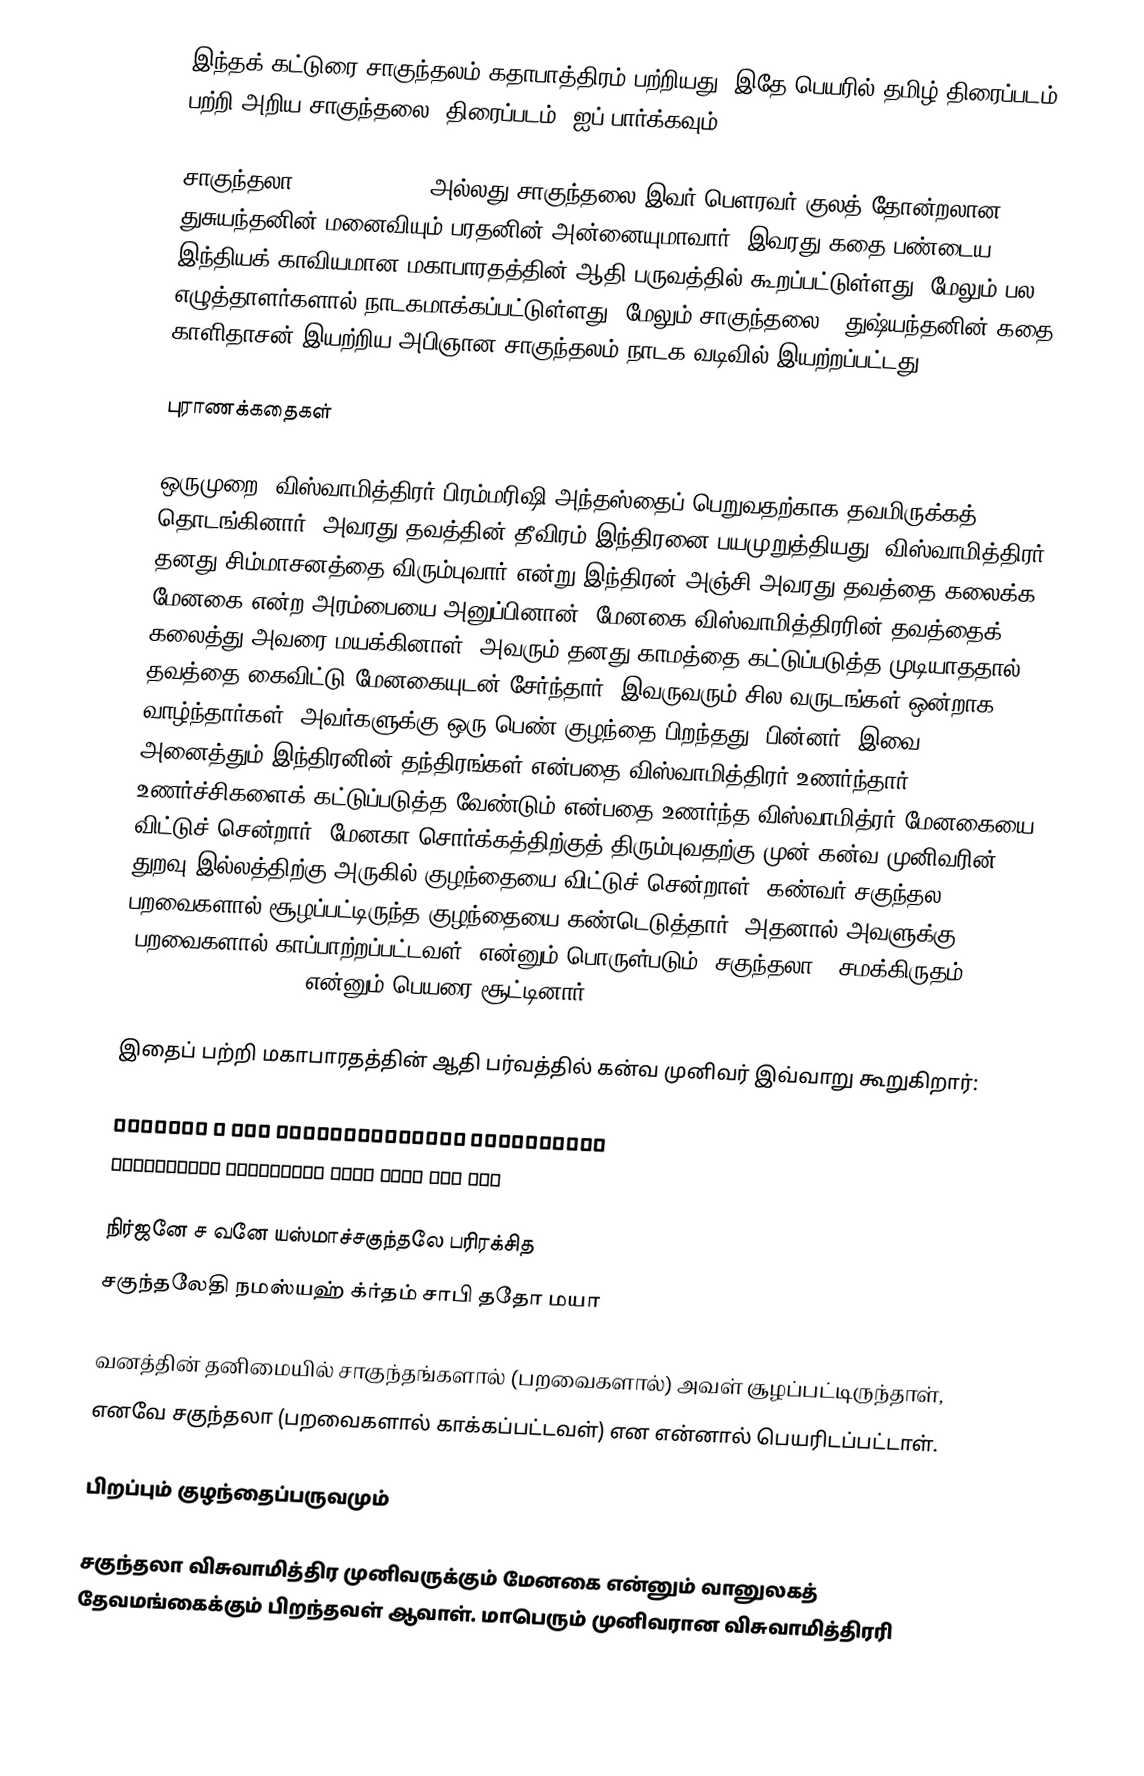
இந்தக் கட்டுரை சாகுந்தலம் கதாபாத்திரம் பற்றியது. இதே பெயரில் தமிழ் திரைப்படம் பற்றி அறிய சாகுந்தலை (திரைப்படம்) ஐப் பார்க்கவும்.

சாகுந்தலா ( Shakuntala ) அல்லது சாகுந்தலை இவர் பௌரவர் குலத் தோன்றலான துசுயந்தனின் மனைவியும் பரதனின் அன்னையுமாவார். இவரது கதை பண்டைய இந்தியக் காவியமான மகாபாரதத்தின் ஆதி பருவத்தில் கூறப்பட்டுள்ளது. மேலும் பல எழுத்தாளர்களால் நாடகமாக்கப்பட்டுள்ளது. மேலும் சாகுந்தலை - துஷ்யந்தனின் கதை, காளிதாசன் இயற்றிய அபிஞான சாகுந்தலம் நாடக வடிவில் இயற்றப்பட்டது.

புராணக்கதைகள்

ஒருமுறை, விஸ்வாமித்திரர் பிரம்மரிஷி அந்தஸ்தைப் பெறுவதற்காக தவமிருக்கத் தொடங்கினார். அவரது தவத்தின் தீவிரம் இந்திரனை பயமுறுத்தியது. விஸ்வாமித்திரர் தனது சிம்மாசனத்தை விரும்புவார் என்று இந்திரன் அஞ்சி அவரது தவத்தை கலைக்க, மேனகை என்ற அரம்பையை அனுப்பினான். மேனகை விஸ்வாமித்திரரின் தவத்தைக் கலைத்து அவரை மயக்கினாள். அவரும் தனது காமத்தை கட்டுப்படுத்த முடியாததால் தவத்தை கைவிட்டு மேனகையுடன் சேர்ந்தார். இவருவரும் சில வருடங்கள் ஒன்றாக வாழ்ந்தார்கள். அவர்களுக்கு ஒரு பெண் குழந்தை பிறந்தது. பின்னர், இவை அனைத்தும் இந்திரனின் தந்திரங்கள் என்பதை விஸ்வாமித்திரர் உணர்ந்தார். உணர்ச்சிகளைக் கட்டுப்படுத்த வேண்டும் என்பதை உணர்ந்த விஸ்வாமித்ரர் மேனகையை விட்டுச் சென்றார். மேனகா சொர்க்கத்திற்குத் திரும்புவதற்கு முன் கன்வ முனிவரின் துறவு இல்லத்திற்கு அருகில் குழந்தையை விட்டுச் சென்றாள். கண்வர் சகுந்தல பறவைகளால் சூழப்பட்டிருந்த குழந்தையை கண்டெடுத்தார். அதனால் அவளுக்கு "பறவைகளால் காப்பாற்றப்பட்டவள்" என்னும் பொருள்படும் "சகுந்தலா" (சமக்கிருதம்: शकुन्तला / शकुन्तळा) என்னும் பெயரை சூட்டினார்.

இதைப் பற்றி மகாபாரதத்தின் ஆதி பர்வத்தில் கன்வ முனிவர் இவ்வாறு கூறுகிறார்:

निर्जने च वने यस्माचछकुन्तैः परिरक्षिता
शकुन्तळेति नामास्याः कृतं चापि ततो मया

நிர்ஜனே ச வனே யஸ்மாச்சகுந்தலே பரிரக்சித
சகுந்தலேதி நமஸ்யஹ் க்ர்தம் சாபி ததோ மயா

வனத்தின் தனிமையில் சாகுந்தங்களால் (பறவைகளால்) அவள் சூழப்பட்டிருந்தாள்,
எனவே சகுந்தலா (பறவைகளால் காக்கப்பட்டவள்) என என்னால் பெயரிடப்பட்டாள்.

பிறப்பும் குழந்தைப்பருவமும்

சகுந்தலா விசுவாமித்திர முனிவருக்கும் மேனகை என்னும் வானுலகத் தேவமங்கைக்கும் பிறந்தவள் ஆவாள். மாபெரும் முனிவரான விசுவாமித்திரரி